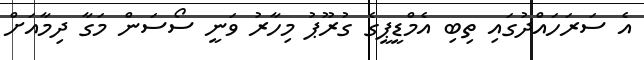
އެ ސަރަހައްދުގައި ތިބި އެމްޑީޕީގެ ގުރޫޕު މިހާރު ވަނީ ސޯސަން މަގާ ދިމާއަށް